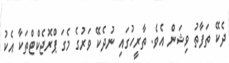
ދެކޭ ތަފާތު ވިޝަން އެވެ. ތާރީހުގައި ނުދެކޭ ވަރުގެ މެގަ ޕްރޮޖެކްޓްތަކާ އެކު